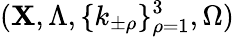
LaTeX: (\mathbf{X},\Lambda,\{ k_{\pm\rho}\} _{\rho=1}^{3},\Omega)